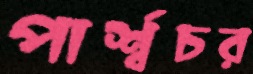
পার্শ্বচর